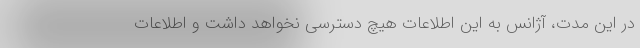
در این مدت، آژانس به این اطلاعات هیچ دسترسی نخواهد داشت و اطلاعات